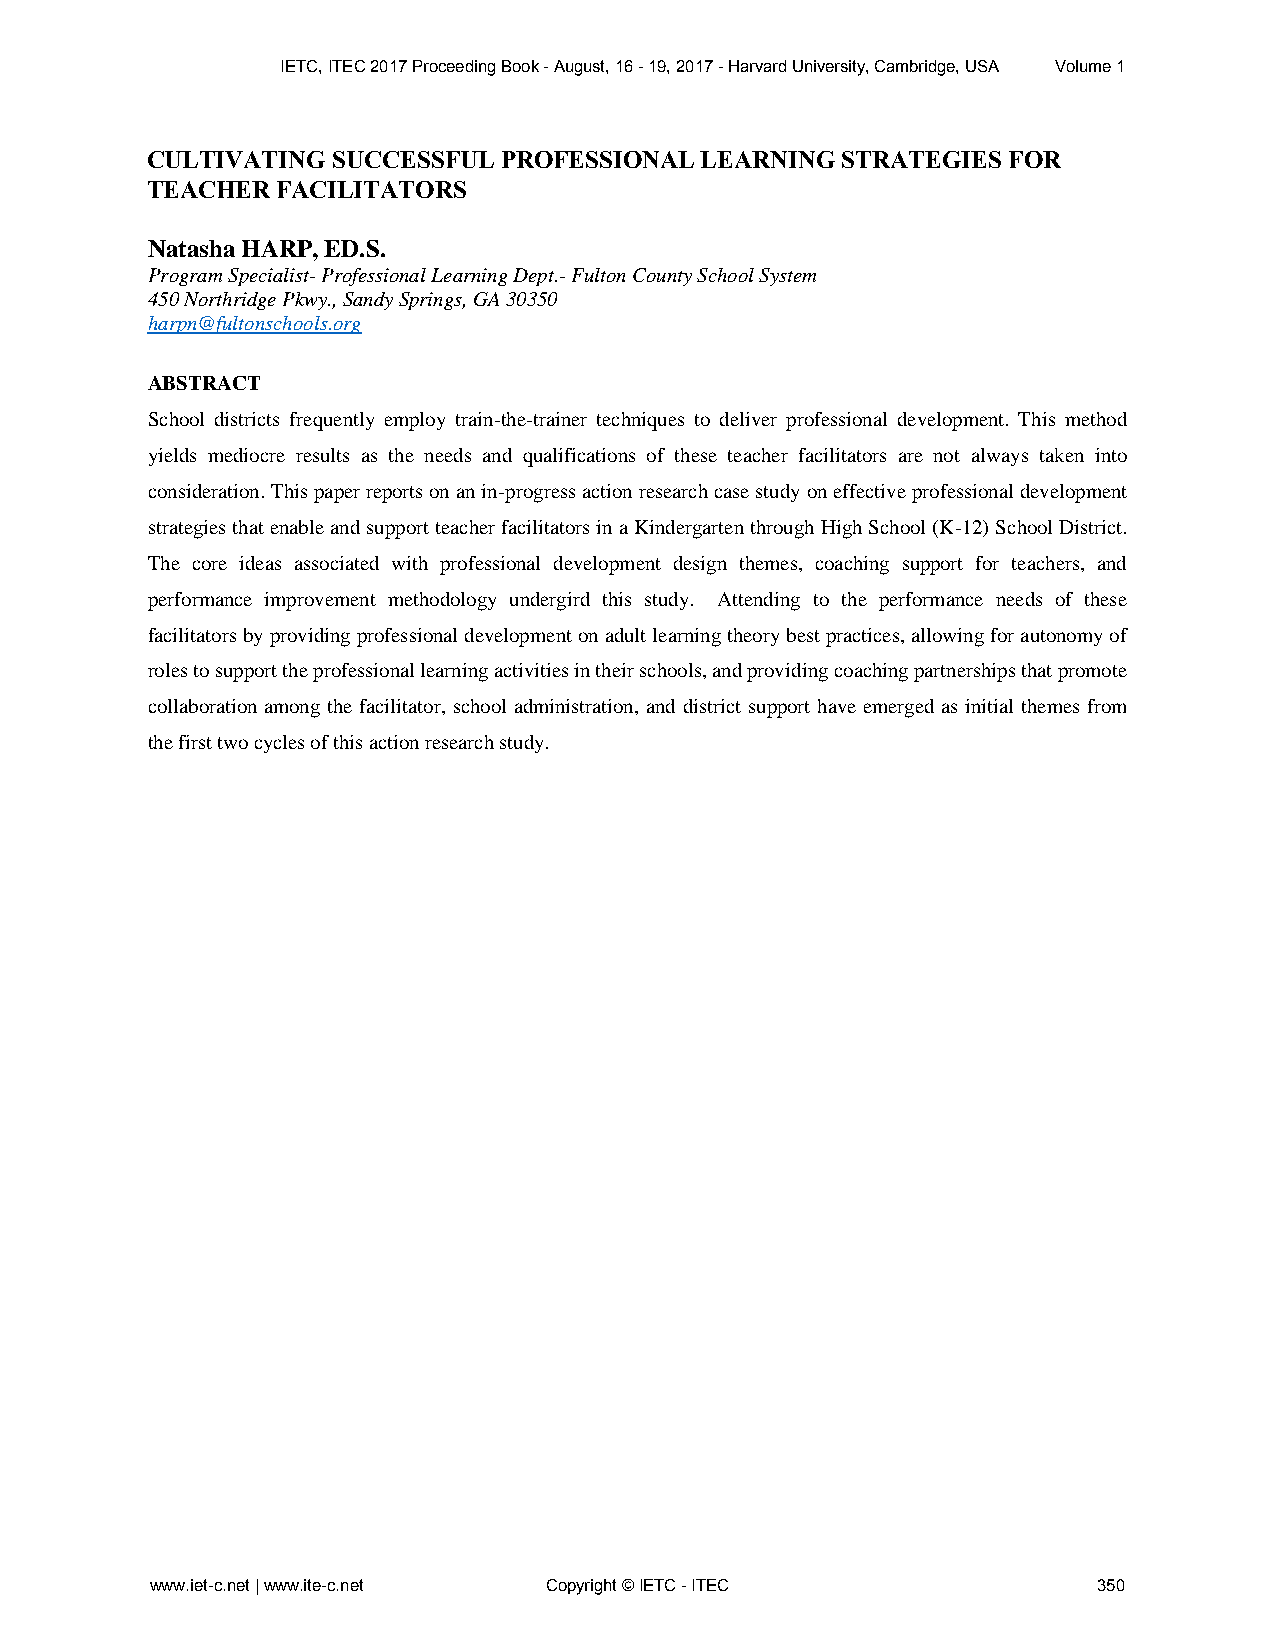
IETC, ITEC 2017 Proceeding Book - August, 16 - 19, 2017 - Harvard University, Cambridge, USA Volume 1
 CULTIVATING SUCCESSFUL PROFESSIONAL LEARNING  STRATEGIES FOR
 TEACHER FACILITATORS
 Natasha HARP, ED.S.
 Program Specialist- Professional Learning Dept.- Fulton County School System
 450 Northridge Pkwy., Sandy Springs, GA 30350
 harpn@fultonschools.org
 ABSTRACT
 School districts frequently employ train-the-trainer techniques to deliver professional development. This method
 yields mediocre results as the needs and qualifications of these teacher facilitators are not always taken into
 consideration. This paper reports on an in-progress action research case study on effective professional development
 strategies that enable and support teacher facilitators in a Kindergarten through High School (K-12) School District.
 The core ideas associated with professional development design themes, coaching support for teachers, and
 performance improvement methodology undergird this study. Attending to the performance needs of these
 facilitators by providing professional development on adult learning theory best practices, allowing for autonomy of
 roles to support the professional learning activities in their schools, and providing coaching partnerships that promote
 collaboration among the facilitator, school administration, and district support have emerged as initial themes from
 the first two cycles of this action research study.
 www.iet-c.net | www.ite-c.net Copyright © IETC - ITEC          350